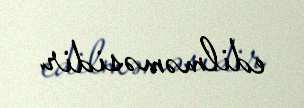
edilməməsidir.